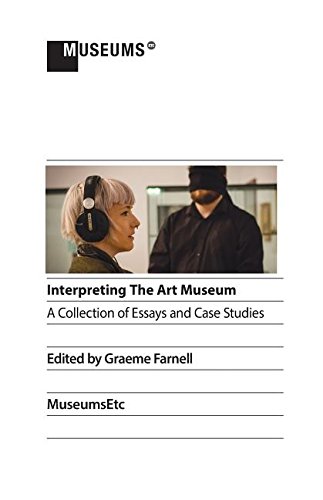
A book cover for Interpreting the Art Museum; Business & Money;